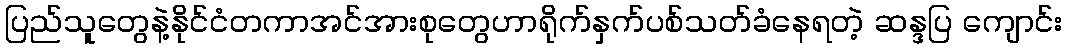
ပြည်သူတွေနဲ့နိုင်ငံတကာအင်အားစုတွေဟာရိုက်နှက်ပစ်သတ်ခံနေရတဲ့ ဆန္ဒပြ ကျောင်း